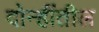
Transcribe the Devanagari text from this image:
दोन्हींतील